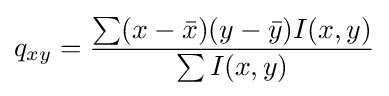
q_{xy}={\frac {\sum (x-{\bar {x}})(y-{\bar {y}})I(x,y)}{\sum I(x,y)}}